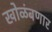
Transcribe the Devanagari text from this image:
खोळंबणार